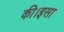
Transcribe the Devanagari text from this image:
की।इसा